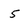
Character: 5